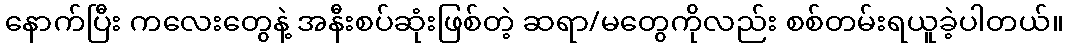
နောက်ပြီး ကလေးတွေနဲ့ အနီးစပ်ဆုံးဖြစ်တဲ့ ဆရာ/မတွေကိုလည်း စစ်တမ်းရယူခဲ့ပါတယ်။